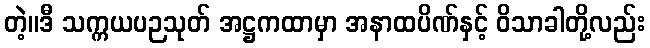
တဲ့။ဒီ သက္ကယပဉသုတ် အဋ္ဌကထာမှာ အနာထပိဏ်နှင့် ဝိသာခါတို့လည်း